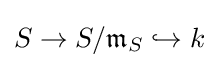
S\to S/{\mathfrak {m}}_{S}\hookrightarrow k